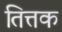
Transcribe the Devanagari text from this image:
तित्तक